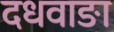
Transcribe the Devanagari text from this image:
दधवाङा